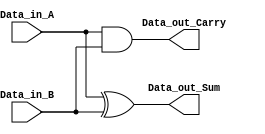
module half_adder(
Data_in_A,
Data_in_B,
Data_out_Sum,
Data_out_Carry
);
//what are the input ports.
input Data_in_A;
input Data_in_B;
//What are the output ports.
output Data_out_Sum;
output Data_out_Carry;
//Implement the Sum and Carry equations using Verilog Bit operators.
assign Data_out_Sum = Data_in_A ^ Data_in_B; //XOR operation
assign Data_out_Carry = Data_in_A & Data_in_B; //AND operation
endmodule
module full_adder(
Data_in_A, //input A
Data_in_B, //input B
Data_in_C, //input C
Data_out_Sum,
Data_out_Carry
);
//what are the input ports.
input Data_in_A;
input Data_in_B;
input Data_in_C;
//What are the output ports.
output Data_out_Sum;
output Data_out_Carry;
//Internal variables
wire ha1_sum;
wire ha2_sum;
wire ha1_carry;
wire ha2_carry;
wire Data_out_Sum;
wire Data_out_Carry;
//Instantiate the half adder 1
half_adder ha1(
.Data_in_A(Data_in_A),
.Data_in_B(Data_in_B),
.Data_out_Sum(ha1_sum),
.Data_out_Carry(ha1_carry)
);
//Instantiate the half adder 2
half_adder ha2(
.Data_in_A(Data_in_C),
.Data_in_B(ha1_sum),
.Data_out_Sum(ha2_sum),
.Data_out_Carry(ha2_carry)
);
//sum output from 2nd half adder is connected to full adder output
assign Data_out_Sum = ha2_sum;
//The carry's from both the half adders are OR'ed to get the final carry./
assign Data_out_Carry = ha1_carry | ha2_carry;
endmodule


module tt_um_wallace_hhrb98(
    input  wire [7:0] ui_in,     // Dedicated inputs
    output wire [7:0] uo_out,    // Dedicated outputs
    input  wire [7:0] uio_in,    // IOs: Input path
    output wire [7:0] uio_out,   // IOs: Output path
    output wire [7:0] uio_oe,    // IOs: Enable path (active high: 0=input, 1=output)
    input wire        clk,
    input  wire       ena,       // will go high when the design is enabled
    input  wire       rst_n      // reset_n - low to reset
);

//wire for inputs
wire [3:0] A,B;

//wire for the output
wire [7:0] prod;

// Assigning values to output wires
assign uio_out = 8'b11111111;
assign uio_oe = 8'b11111111;
    
// Extracting bits from input
assign A = ui_in[3:0];
assign B = ui_in[7:4];

 // Here we use uio_in without modifying the output
  wire [7:0] additional_input = uio_in;

  // Wires
  wire [39:0] w;

// Flip flop
reg variable; // Changed to reg type

always @(posedge clk or negedge rst_n) begin  
    if (~rst_n) begin
        // Reset condition: set variable to 0
        variable <= 1'b0; // Changed value to 1-bit
    end else begin
        // Update variable with a value only when ena is high
        if (ena) begin
            variable <= 1'b0; // Assigning 0 to variable when ena is high
        end
    end
end

//internal variables.
wire s11,s12,s13,s14,s15,s22,s23,s24,s25,s26,s32,s33,s34,s35,s36,s37;
wire c11,c12,c13,c14,c15,c22,c23,c24,c25,c26,c32,c33,c34,c35,c36,c37;
wire [6:0] p0,p1,p2,p3;
//initialize the p's.
assign p0 = A & {4{B[0]}};
assign p1 = A & {4{B[1]}};
assign p2 = A & {4{B[2]}};
assign p3 = A & {4{B[3]}};
//first stage
half_adder ha11 (p0[1],p1[0],s11,c11);
full_adder fa12(p0[2],p1[1],p2[0],s12,c12);
full_adder fa13(p0[3],p1[2],p2[1],s13,c13);
full_adder fa14(p1[3],p2[2],p3[1],s14,c14);
half_adder ha15(p2[3],p3[2],s15,c15);
//second stage
half_adder ha22 (c11,s12,s22,c22);
full_adder fa23 (p3[0],c12,s13,s23,c23);
full_adder fa24 (c13,c32,s14,s24,c24);
full_adder fa25 (c14,c24,s15,s25,c25);
full_adder fa26 (c15,c25,p3[3],s26,c26);
//third stage
half_adder ha32(c22,s23,s32,c32);
half_adder ha34(c23,s24,s34,c34);
half_adder ha35(c34,s25,s35,c35);
half_adder ha36(c35,s26,s36,c36);
half_adder ha37(c36,c26,s37,c37);
//final product assignments
assign prod[0] = p0[0];
assign prod[1] = s11;
assign prod[2] = s22;
assign prod[3] = s32;
assign prod[4] = s34;
assign prod[5] = s35;
assign prod[6] = s36;
assign prod[7] = s37;

assign uo_out[7:0] = prod[7:0];

endmodule